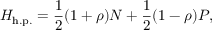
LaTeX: H _ { \mathrm { h . p . } } = { \frac { 1 } { 2 } } ( 1 + \rho ) N + { \frac { 1 } { 2 } } ( 1 - \rho ) P ,